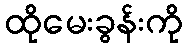
ထိုမေးခွန်းကို